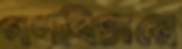
গণবিচারে